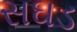
સઘડ